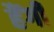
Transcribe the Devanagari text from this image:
हैंगी